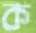
ক